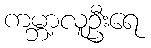
ကမ္ဘာ့လူဦးရေ